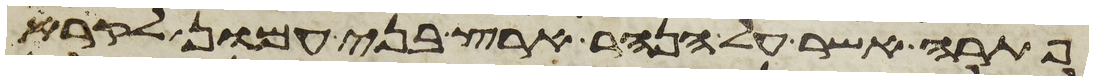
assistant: פתרה אשר על הנהר ארץ בני עמון לקרא